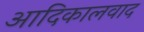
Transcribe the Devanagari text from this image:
आदिकालवाद